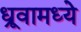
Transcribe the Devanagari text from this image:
ध्रूवामध्ये